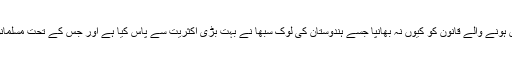
اُن کی بصیرت نے دسمبر 2019میں پاس ہونے والے قانون کو کیوں نہ بھانپا جسے ہندوستان کی لوک سبھا نے بہت بڑی اکثریت سے پاس کیا ہے اور جس کے تحت مسلمانوں کو شہریت سے محروم کر دیا گیا ہے۔